Scottish Leaving Certificate Examination, 1955
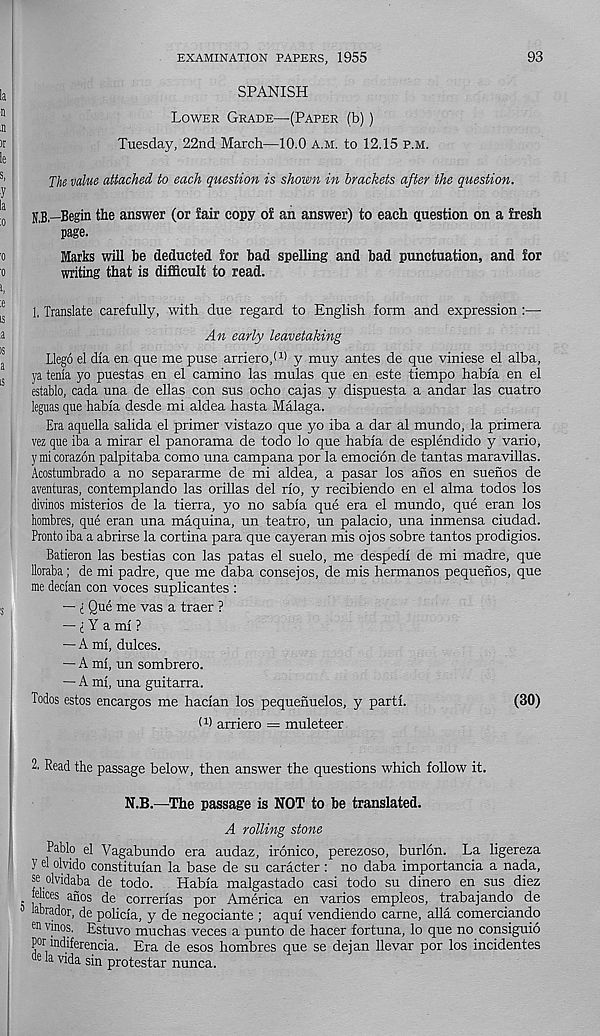
EXAMINATION PAPERS, 1955
93
SPANISH
Lower Grade—-(Paper (b))
Tuesday, 22nd March—10.0 a.m. to 12.15 p.m.
The value attached to each question is shown in brackets after the question.
N.B.—Begin the answer (or fair copy of an answer) to each question on a fresh
page.
Marks will be deducted for bad spelling and bad punctuation, and for
writing that is difficult to read.
1, Translate carefully, with due regard to English form and expression :—
An early leavetaking
Llego el dia en que me puse arriero,! 11 y muy antes de que viniese el alba,
ya tenia yo puestas en el camino las mulas que en este tiempo habfa en el
establo, cada una de ellas con sus ocho cajas y dispuesta a andar las cuatro
leguas que habia desde mi aldea hasta Malaga.
Era aquella salida el primer vistazo que yo iba a dar al mundo, la primera
vez que iba a mirar el panorama de todo lo que habia de esplendido y vario,
ymicorazon palpitaba como una campana por la emocion de tantas maravillas.
Acostumbrado a no separarme de mi aldea, a pasar los anos en suehos de
aventuras, contemplando las orillas del rio, y recibiendo en el alma todos los
divines misterios de la tierra, yo no sabia que era el mundo, que eran los
hombres, que eran una maquina, un teatro, un palacio, una inmensa ciudad.
Pronto iba a abrirse la cortina para que cayeran mis ojos sobre tantos prodigies.
Batieron las bestias con las patas el suelo, me despedi de mi madre, que
lloraba; de mi padre, que me daba consejos, de mis hermanos pequehos, que
me decian con voces suplicantes :
— l Que me vas a traer ?
— i Y a mi ?
— A mi, dulces.
— A mi, un sombrero.
— A mi, una guitarra.
Todos estos encargos me hacian los pequenuelos, y parti.
(30)
G) arriero = muleteer
2. Read the passage below, then answer the questions which follow it.
N.B.—The passage is NOT to be translated.
A rolling stone
Pablo el Vagabundo era audaz, ironico, perezoso, burlon. La ligereza
Y el olvido constituian la base de su caracter : no daba importancia a nada,
se olvidaba de todo. Habia malgastado casi todo su dinero en sus diez
jelices anos de correrias por America en varios empleos, trabajando de
3 labrador, de policia, y de negociante ; aqui vendiendo carne, alia comerciando
® vinos. Estuvo muchas veces a punto de hacer fortuna, lo que no consiguio
por indiferencia. Era de esos hombres que se dejan llevar por los incidentes
de la
sin protestar nunca.